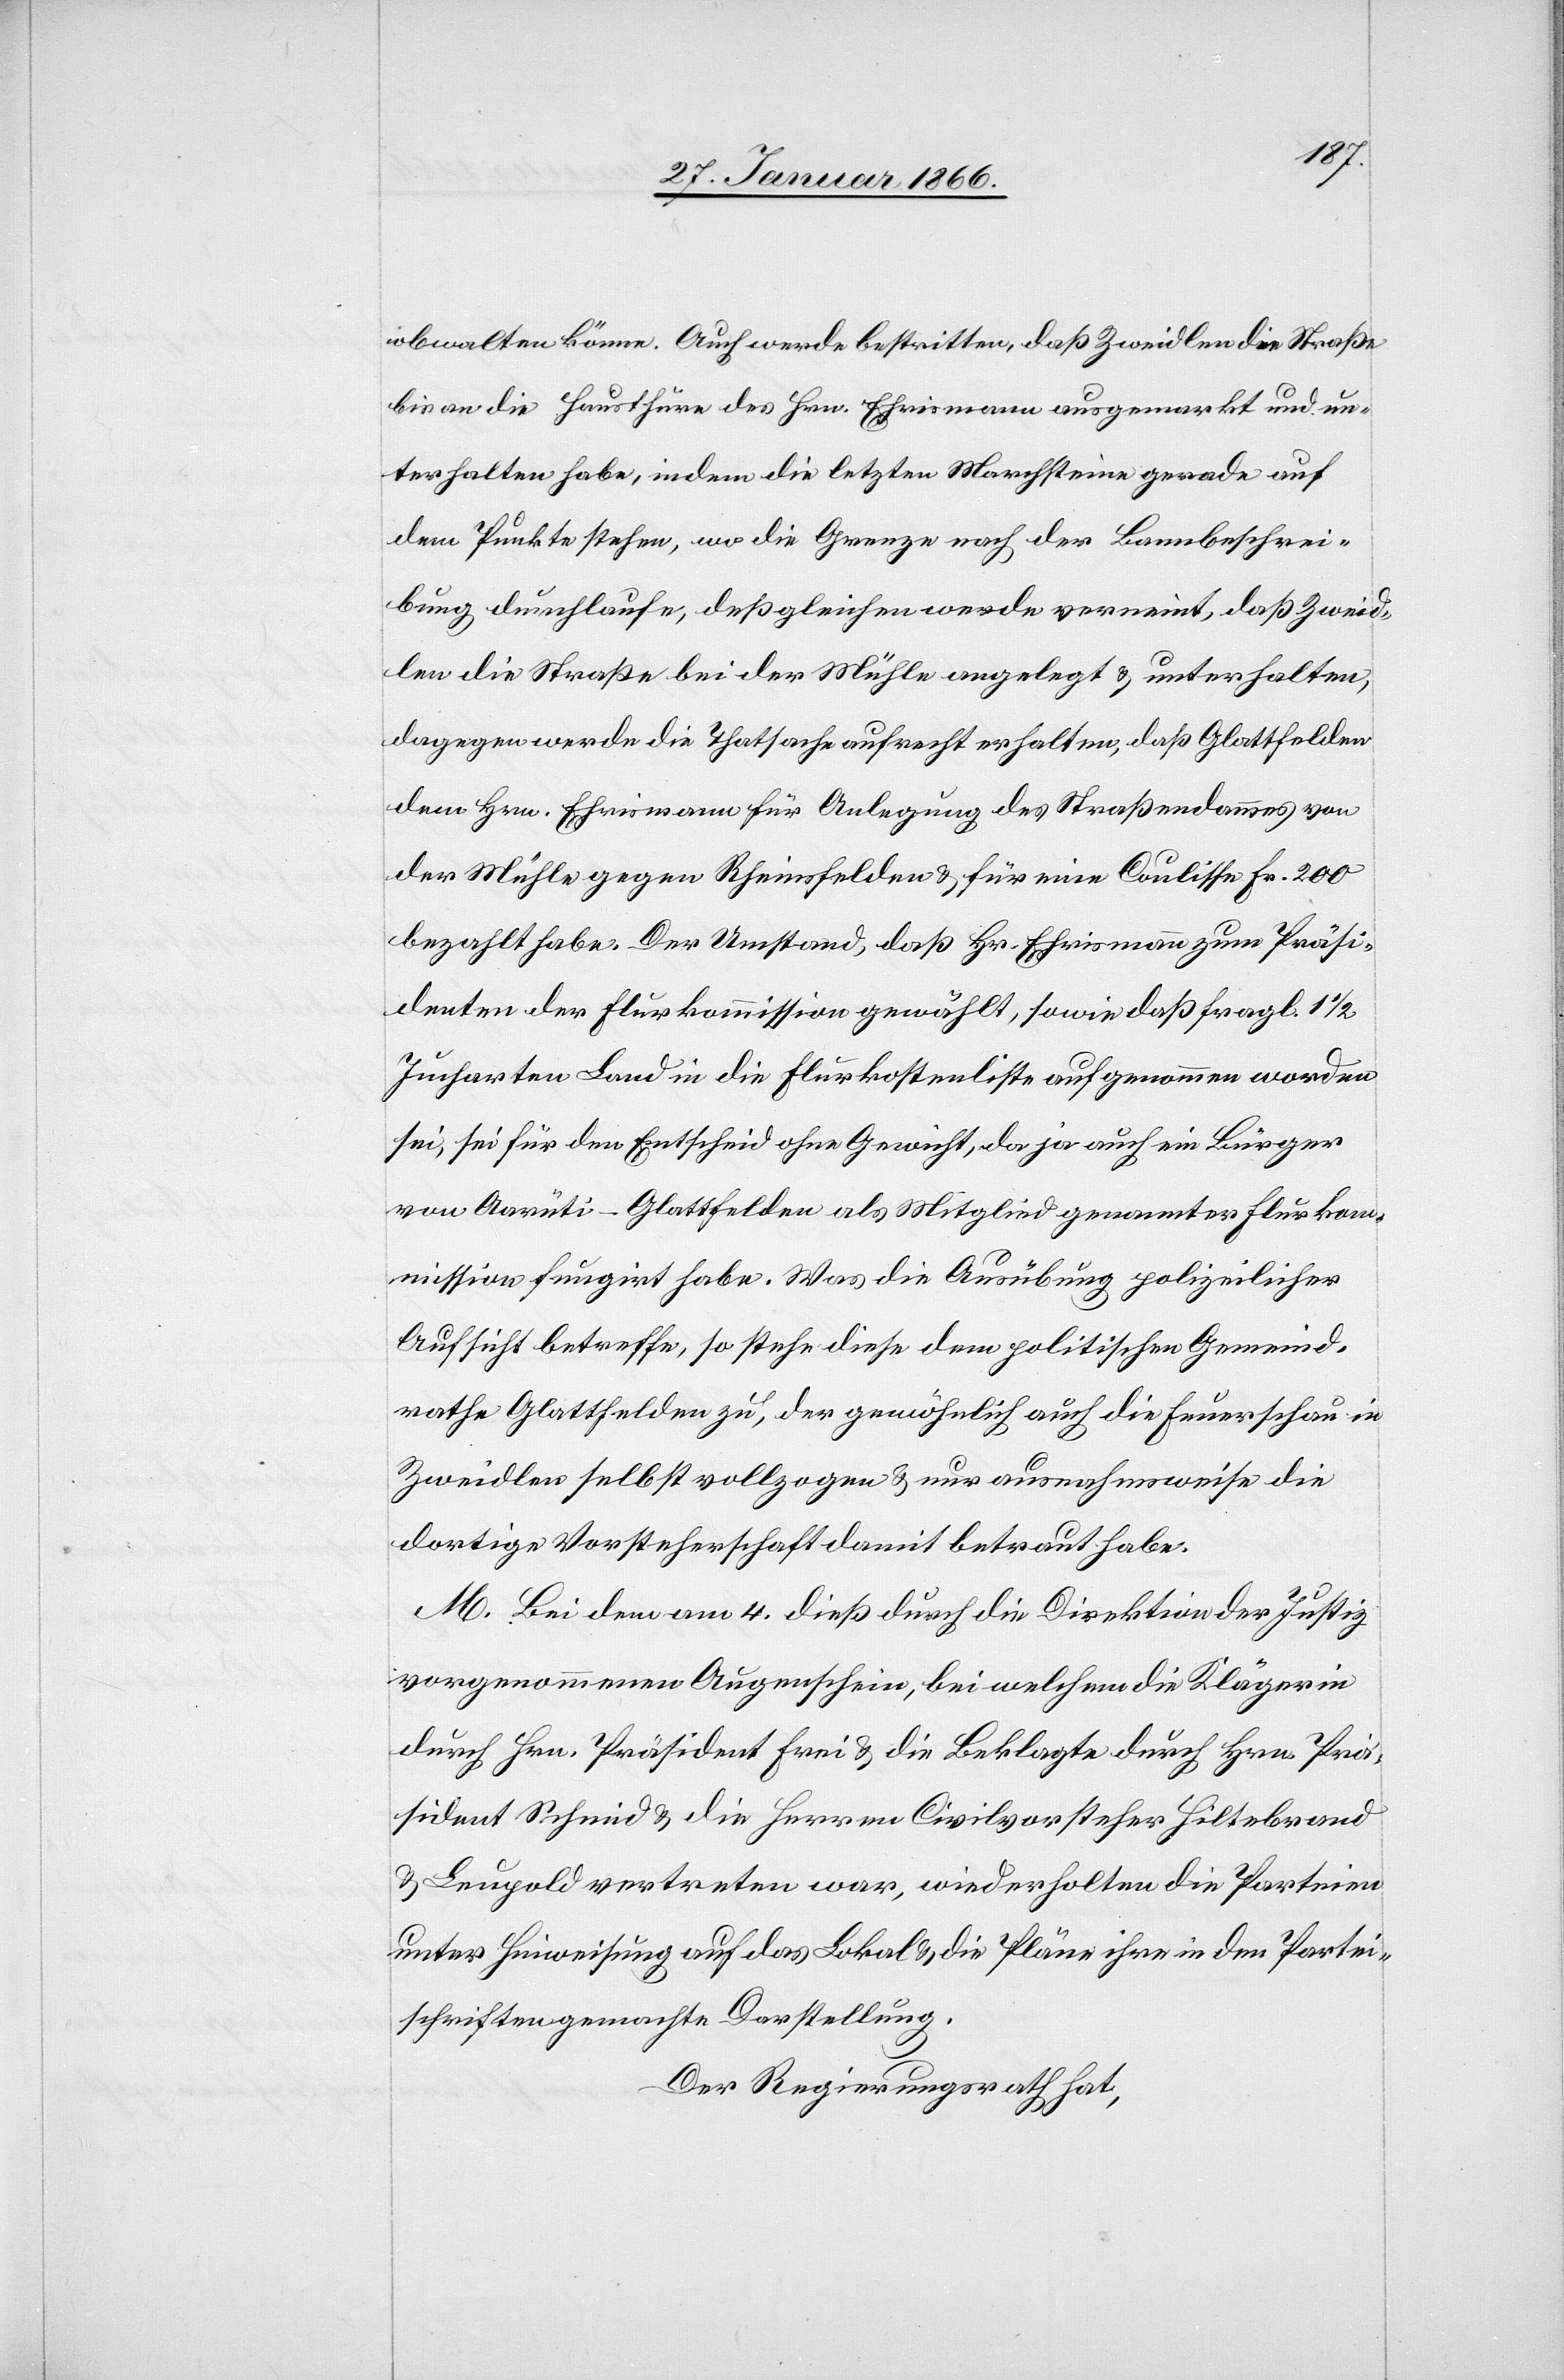
obwalten könne. Auch werde bestritten, daß Zweidlen die Straße
bis an die Hausthüre des Hrn. Ehrismann ausgemarkt und un¬
terhalten habe, indem die letzten Marchsteine gerade auf
dem Punkte stehen, wo die Grenze nach der Bannbeschrei¬
bung durchlaufe, deßgleichen werde verneint, daß Zweid¬
len die Straße bei der Mühle angelegt u. unterhalten,
dagegen werde die Thatsache aufrecht erhalten, daß Glattfelden
dem Hrn. Ehrismann für Anlegung des Straßendammes von
der Mühle gegen Rheinsfelden u. für eine Coulisse Fr. 200
bezahlt habe. Der Umstand, daß Hr. Ehrismann zum Präsi¬
denten der Flurkommission gewählt, sowie daß fragl. 1½
Jucharten Land in die Flurkostenliste aufgenommen worden
sei, sei für den Entscheid ohne Gewicht, da ja auch ein Bürger
von Aarüti-Glattfelden als Mitglied genannter Flurko¬
mmission fungirt habe. Was die Ausübung polizeilicher
Aufsicht betreffe, so stehe diese dem politischen Gemeind¬
rathe Glattfelden zu, der gewöhnlich auch die Feuerschau in
Zweidlen selbst vollzogen u. nur ausnahmsweise die
dortige Vorsteherschaft damit betraut habe.
M. Bei dem am 4. dieß durch die Direktion der Justiz
vorgenommenen Augenschein, bei welchem die Klägerin
durch Hrn. Präsident Frei u. die Beklagte durch Hrn. Prä¬
sident Schmid u. die Herren Civilvorsteher Hiltebrand
u. Leupold vertreten war, wiederholten die Parteien
unter Hinweisung auf das Lokal u. die Pläne ihre in den Partei¬
schriften gemachte Darstellung.
Der Regierungsrath hat,